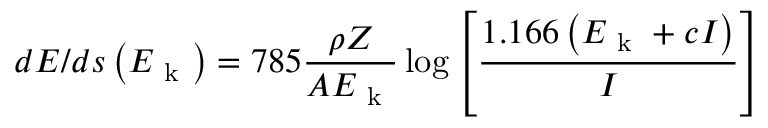
d E / d s \left( E _ { \mathrm { ~ k ~ } } \right) = 7 8 5 \frac { \rho Z } { A E _ { \mathrm { ~ k ~ } } } \log { \left[ \frac { 1 . 1 6 6 \left( E _ { \mathrm { ~ k ~ } } + c I \right) } { I } \right] }